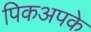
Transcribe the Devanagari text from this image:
पिकअपके